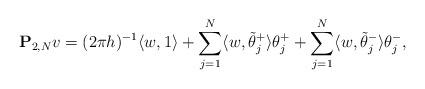
LaTeX: \begin{align*}{\bf P}_{2, N} v =(2\pi h)^{-1} \langle w, 1\rangle + \sum_{j=1}^{N} \langle w, \tilde \theta_j ^+ \rangle \theta_j^+ +\sum_{j=1}^{N} \langle w, \tilde \theta_j ^- \rangle \theta_j^-,\end{align*}